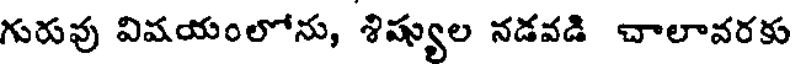
గురువు విషయంలోను, శిష్యుల నడవడి చాలావరకు